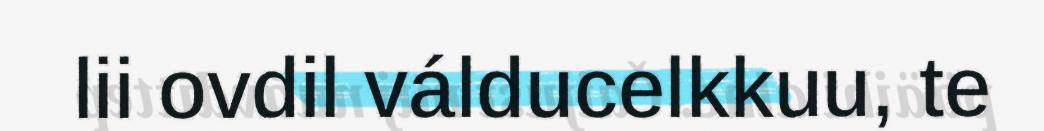
lii ovdil válducelkkuu, te